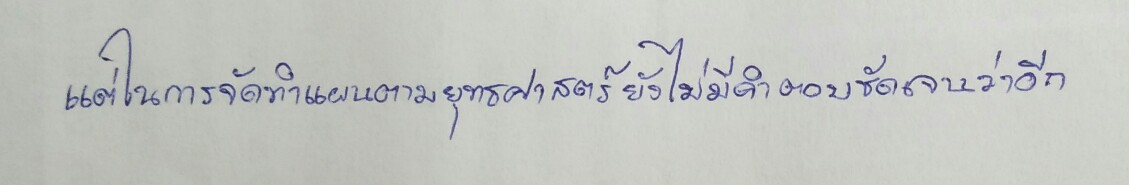
แต่ในการจัดทำแผนตามยุทธศาสตร์ยังไม่มีคำตอบชัดเจนว่าอีก